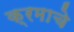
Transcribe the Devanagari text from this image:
क्रमाचे